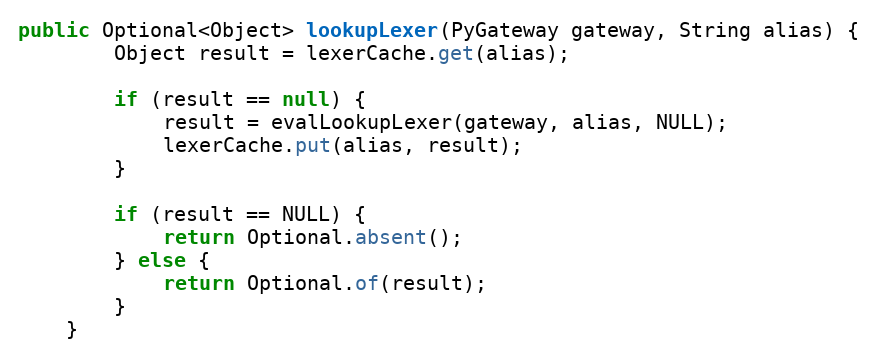
Language: Java
public Optional<Object> lookupLexer(PyGateway gateway, String alias) {
        Object result = lexerCache.get(alias);

        if (result == null) {
            result = evalLookupLexer(gateway, alias, NULL);
            lexerCache.put(alias, result);
        }

        if (result == NULL) {
            return Optional.absent();
        } else {
            return Optional.of(result);
        }
    }